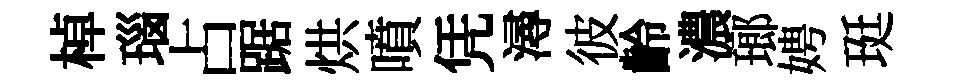
棹瑙占踞烘噴凭潯彼齡濃瑯娉珽